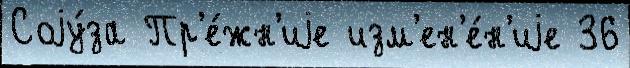
Соjу́за Пр'е́жн'иjе изм'ен'е́н'иjе 36